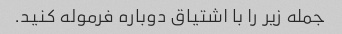
جمله زیر را با اشتیاق دوباره فرموله کنید.